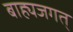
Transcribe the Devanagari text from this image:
बाह्यजगत्